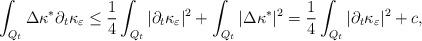
LaTeX: \begin{align*} \int_{Q_t} \Delta \kappa^* \partial_t\kappa_{\varepsilon} \leq \frac{1}{4} \int_{Q_t} | \partial_t\kappa_{\varepsilon} |^2 + \int_{Q_t} |\Delta \kappa^*|^2 = \frac{1}{4} \int_{Q_t} | \partial_t\kappa_{\varepsilon} |^2 + c,\end{align*}